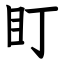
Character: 盯